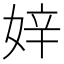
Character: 㛙